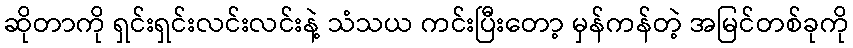
ဆိုတာကို ရှင်းရှင်းလင်းလင်းနဲ့ သံသယ ကင်းပြီးတော့ မှန်ကန်တဲ့ အမြင်တစ်ခုကို